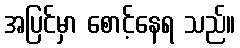
အပြင်မှာ စောင့်နေရ သည်။